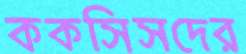
ককসিসদের